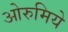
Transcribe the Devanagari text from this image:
ओरुमिये